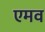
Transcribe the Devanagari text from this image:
एमव